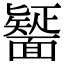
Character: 𮧒